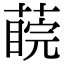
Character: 𦺊